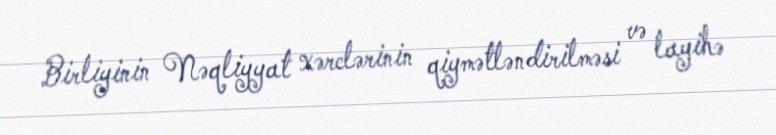
Birliyinin Nəqliyyat xərclərinin qiymətləndirilməsi və layihə